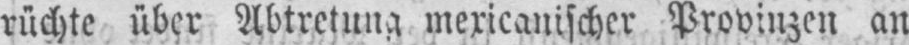
rüchte über Abtretung mexikanischer Provinzen an